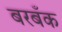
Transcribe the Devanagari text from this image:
बरबँक